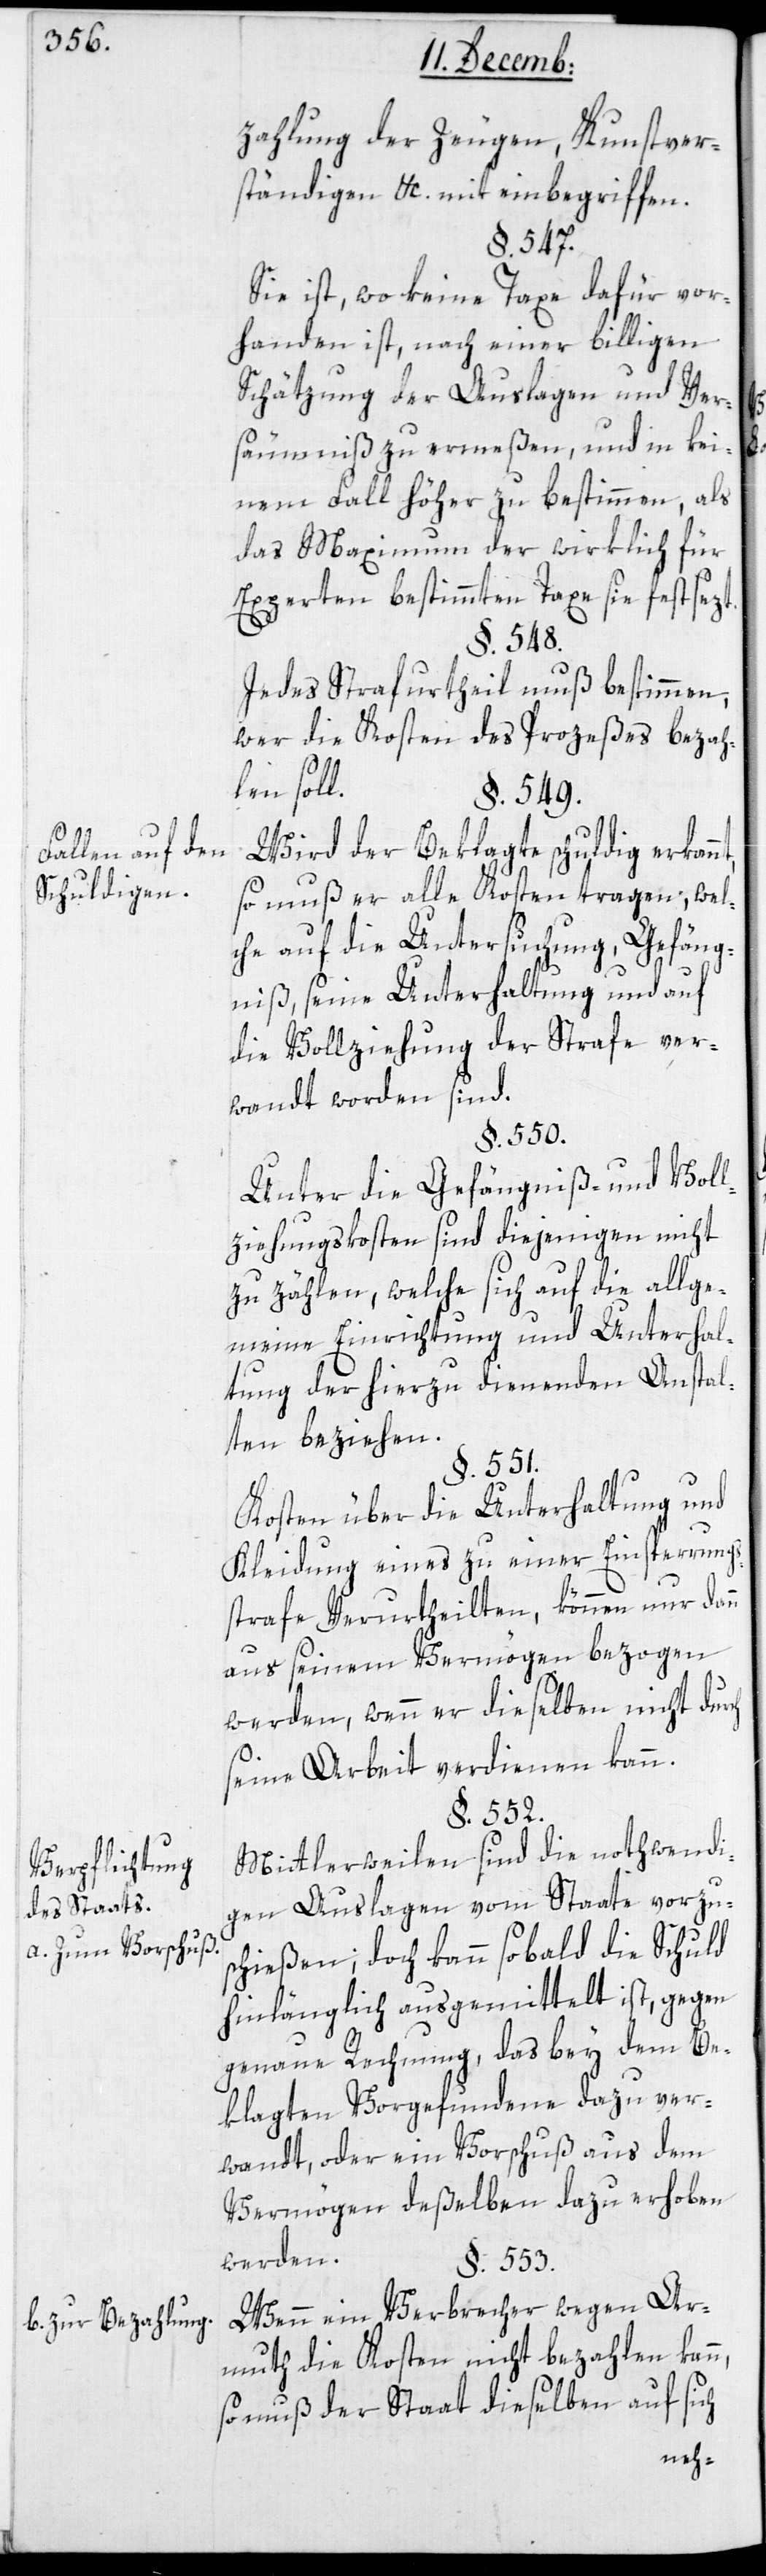
Fallen auf den
Schuldigen.
Verpflichtung
des Staats.
a. zum Vorschuß.
b. zur Bezahlung.

zahlung der Zeugen, Kunstver¬
ständigen &c. mit einbegriffen.
§. 547.
Sie ist, wo keine Taxe dafür vor¬
handen ist, nach einer billigen
Schätzung der Auslagen und Ver¬
säumniß zu ermeßen, und in kei¬
nem Fall höher zu beßtimmen, als
das Maximum der wirklich für
Experten bestimmten Taxe sie festsezt.
§. 548.
Jedes Strafurtheil muß bestimmen,
wer die Kosten des Prozeßes bezah¬
len soll.
§. 549.
Wird der Beklagte schuldig erkann¬
so muß er alle Kosten tragen; wel¬
che auf die Untersuchung, Gefäng¬
niß, seine Unterhaltung und auf
die Vollziehung der Strafe ver¬
wandt worden sind.
§. 550.
Unter die Gefängniß- und Vol¬
lziehungskosten sind diejenigen nicht
zu zählen, welche sich auf die allge¬
meine Einrichtung und Unterhal¬
tung der hierzu dienenden Anstal¬
ten beziehen.
§. 551.
Kosten über die Unterhaltung und
Kleidung eines zu einer Einsperrungs¬
strafe Verurtheilten, können nur dann
aus seinem Vermögen bezogen
werden, wenn er dieselben nicht dur¬
seine Arbeit verdienen kann.
§. 553.
Mittlerweilen sind die nothwendi¬
gen Auslagen vom Staate vorzu¬
schießen; doch kann so bald die Schuld
hinlänglich ausgemittelt ist, gegen
genaue Rechnung, das bey dem Be¬
klagten Vorgefundene dazu ver¬
wandt, oder ein Vorschuß aus dem
Vermögen deßelben dazu erhoben
werden.
Wenn ein Verbrecher wegen Ar¬
muth die Kosten nicht bezahlen kann,
so muß der Staat dieselben auf sich
ch